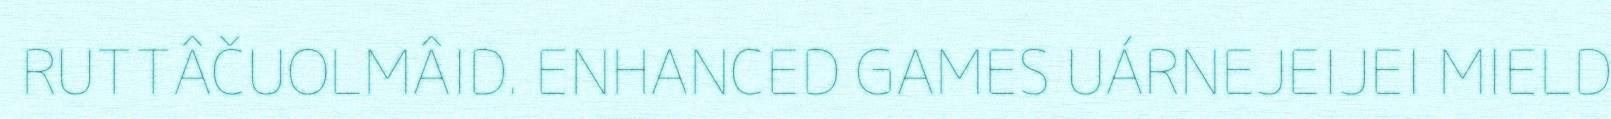
RUTTÂČUOLMÂID. ENHANCED GAMES UÁRNEJEIJEI MIELD